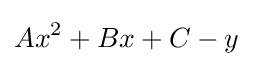
Ax^{2}+Bx+C-y